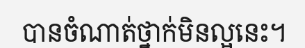
បានចំណាត់ថ្នាក់មិនល្អនេះ។